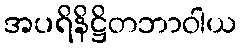
အပရိနိဋ္ဌိတဘာဝါယ